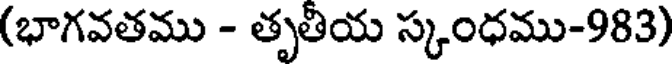
(భాగవతము - తృతీయ స్కంధము-983)